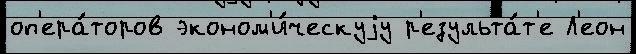
оп'ера́торов эконом'и́ческуjу р'езульта́т'е Л'еон